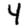
Digit: 4